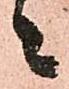
々